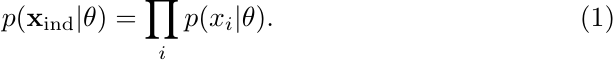
\begin{equation}
    p(\mathbf{x}_{\rm ind} | \theta) = \prod_i p(x_i | \theta).
\end{equation}